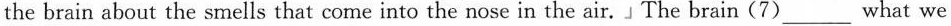
the brain about the smells that come into the nose in the air.」The brain(7)___ what we